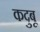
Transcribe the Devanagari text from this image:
कदुबू